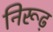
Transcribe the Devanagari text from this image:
निरूढ़